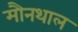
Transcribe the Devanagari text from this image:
मौनथाल